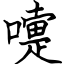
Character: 嚏